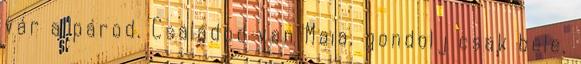
vár a párod. Családod van Maia, gondolj csak bele,